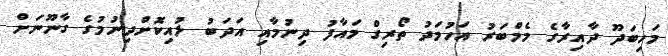
މަހިބަދޫ ދާއިރާގެ މެމްބަރު އަހުމަދު ތޯރިގް މައާފު ދިނުމާއި އަދަބު ލުއިކޮށްދިނުމުގެ ގާނޫނަށް